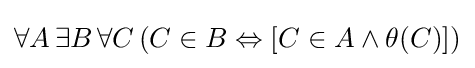
\forall A\,\exists B\,\forall C\,(C\in B\Leftrightarrow [C\in A\land \theta (C)])